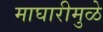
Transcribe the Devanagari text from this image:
माघारीमुळे